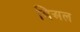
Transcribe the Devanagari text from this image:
बिअल